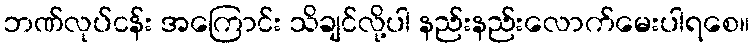
ဘဏ်လုပ်ငန်း အကြောင်း သိချင်လို့ပါ နည်းနည်းလောက်မေးပါရစေ။